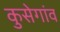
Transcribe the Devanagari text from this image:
कुसेगांव